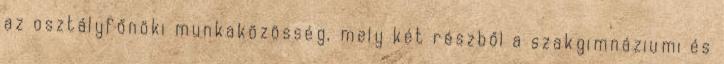
az osztályfőnöki munkaközösség, mely két részből a szakgimnáziumi és